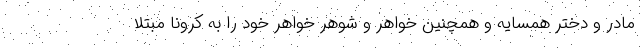
مادر و دختر همسایه و همچنین خواهر و شوهر خواهر خود را به کرونا مبتلا